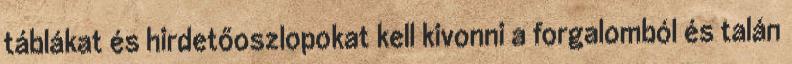
táblákat és hirdetőoszlopokat kell kivonni a forgalomból és talán